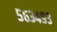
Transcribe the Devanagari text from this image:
५६३४९३